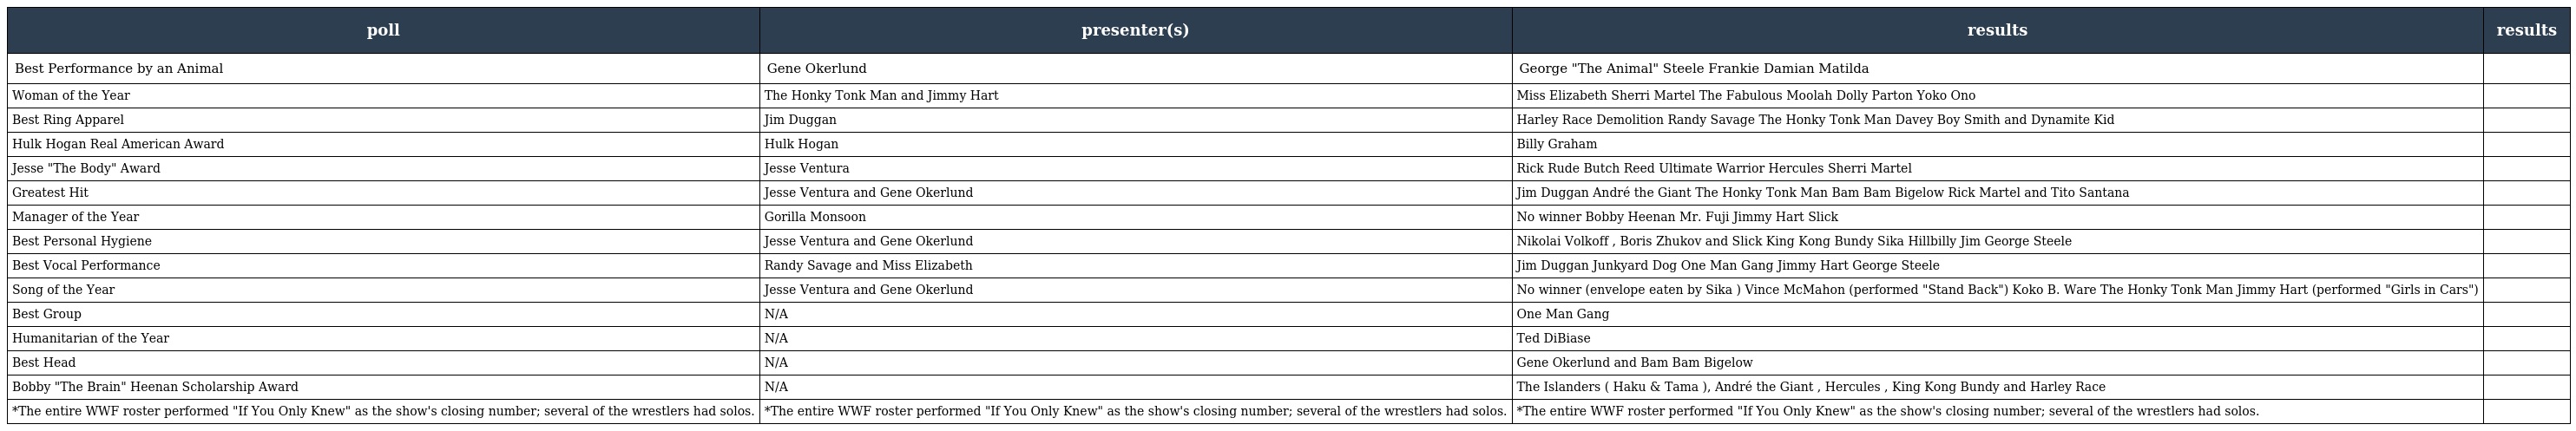
| poll | presenter(s) | results | results |
 | --- | --- | --- | --- |
 | Best Performance by an Animal | Gene Okerlund | George "The Animal" Steele Frankie Damian Matilda |  |
 | Woman of the Year | The Honky Tonk Man and Jimmy Hart | Miss Elizabeth Sherri Martel The Fabulous Moolah Dolly Parton Yoko Ono |  |
 | Best Ring Apparel | Jim Duggan | Harley Race Demolition Randy Savage The Honky Tonk Man Davey Boy Smith and Dynamite Kid |  |
 | Hulk Hogan Real American Award | Hulk Hogan | Billy Graham |  |
 | Jesse "The Body" Award | Jesse Ventura | Rick Rude Butch Reed Ultimate Warrior Hercules Sherri Martel |  |
 | Greatest Hit | Jesse Ventura and Gene Okerlund | Jim Duggan André the Giant The Honky Tonk Man Bam Bam Bigelow Rick Martel and Tito Santana |  |
 | Manager of the Year | Gorilla Monsoon | No winner Bobby Heenan Mr. Fuji Jimmy Hart Slick |  |
 | Best Personal Hygiene | Jesse Ventura and Gene Okerlund | Nikolai Volkoff , Boris Zhukov and Slick King Kong Bundy Sika Hillbilly Jim George Steele |  |
 | Best Vocal Performance | Randy Savage and Miss Elizabeth | Jim Duggan Junkyard Dog One Man Gang Jimmy Hart George Steele |  |
 | Song of the Year | Jesse Ventura and Gene Okerlund | No winner (envelope eaten by Sika ) Vince McMahon (performed "Stand Back") Koko B. Ware The Honky Tonk Man Jimmy Hart (performed "Girls in Cars") |  |
 | Best Group | N/A | One Man Gang |  |
 | Humanitarian of the Year | N/A | Ted DiBiase |  |
 | Best Head | N/A | Gene Okerlund and Bam Bam Bigelow |  |
 | Bobby "The Brain" Heenan Scholarship Award | N/A | The Islanders ( Haku & Tama ), André the Giant , Hercules , King Kong Bundy and Harley Race |  |
 | *The entire WWF roster performed "If You Only Knew" as the show's closing number; several of the wrestlers had solos. | *The entire WWF roster performed "If You Only Knew" as the show's closing number; several of the wrestlers had solos. | *The entire WWF roster performed "If You Only Knew" as the show's closing number; several of the wrestlers had solos. |  |